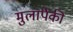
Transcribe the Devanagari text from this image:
मुलापैकी